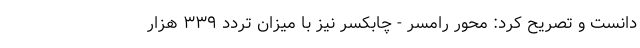
دانست و تصریح کرد: محور رامسر - چابکسر نیز با میزان تردد ۳۳۹ هزار